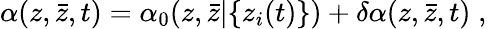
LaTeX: \alpha(z,{\bar{z}},t)=\alpha_{0}(z,{\bar{z}}|\{ z_{i}(t)\} )+\delta\alpha(z,{\bar{z}},t)\; ,